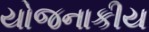
યોજનાકીય